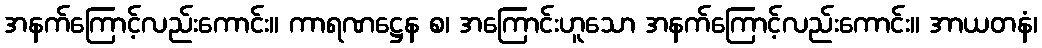
အနက်ကြောင့်လည်းကောင်း။ ကာရဏဋ္ဌေန စ၊ အကြောင်းဟူသော အနက်ကြောင့်လည်းကောင်း။ အာယတနံ၊